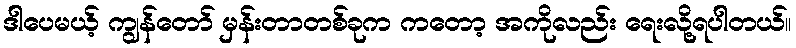
ဒါပေမယ့် ကျွန်တော် မှန်းတာတစ်ခုက ကတော့ အကိုလည်း ရေးလို့ရပါတယ်။